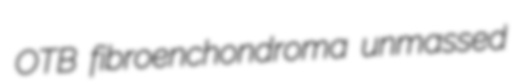
OTB fibroenchondroma unmassed